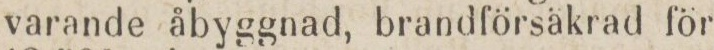
varande åbyggnad, brandförsäkrad för